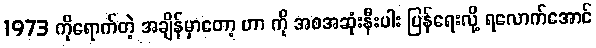
1973 ကိုရောက်တဲ့ အချိန်မှာတော့ ဟာ ကို အစအဆုံးနီးပါး ပြန်ရေးလို့ ရလောက်အောင်